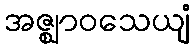
အဇ္ဈာဝသေယျံ